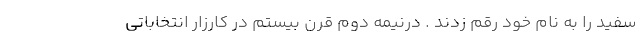
سفید را به نام خود رقم زدند . درنیمه دوم قرن بیستم در کارزار انتخاباتی